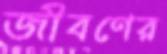
জীবণের